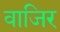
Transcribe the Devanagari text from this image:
वाजिर